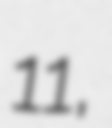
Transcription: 11,